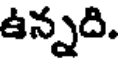
ఉన్నది.